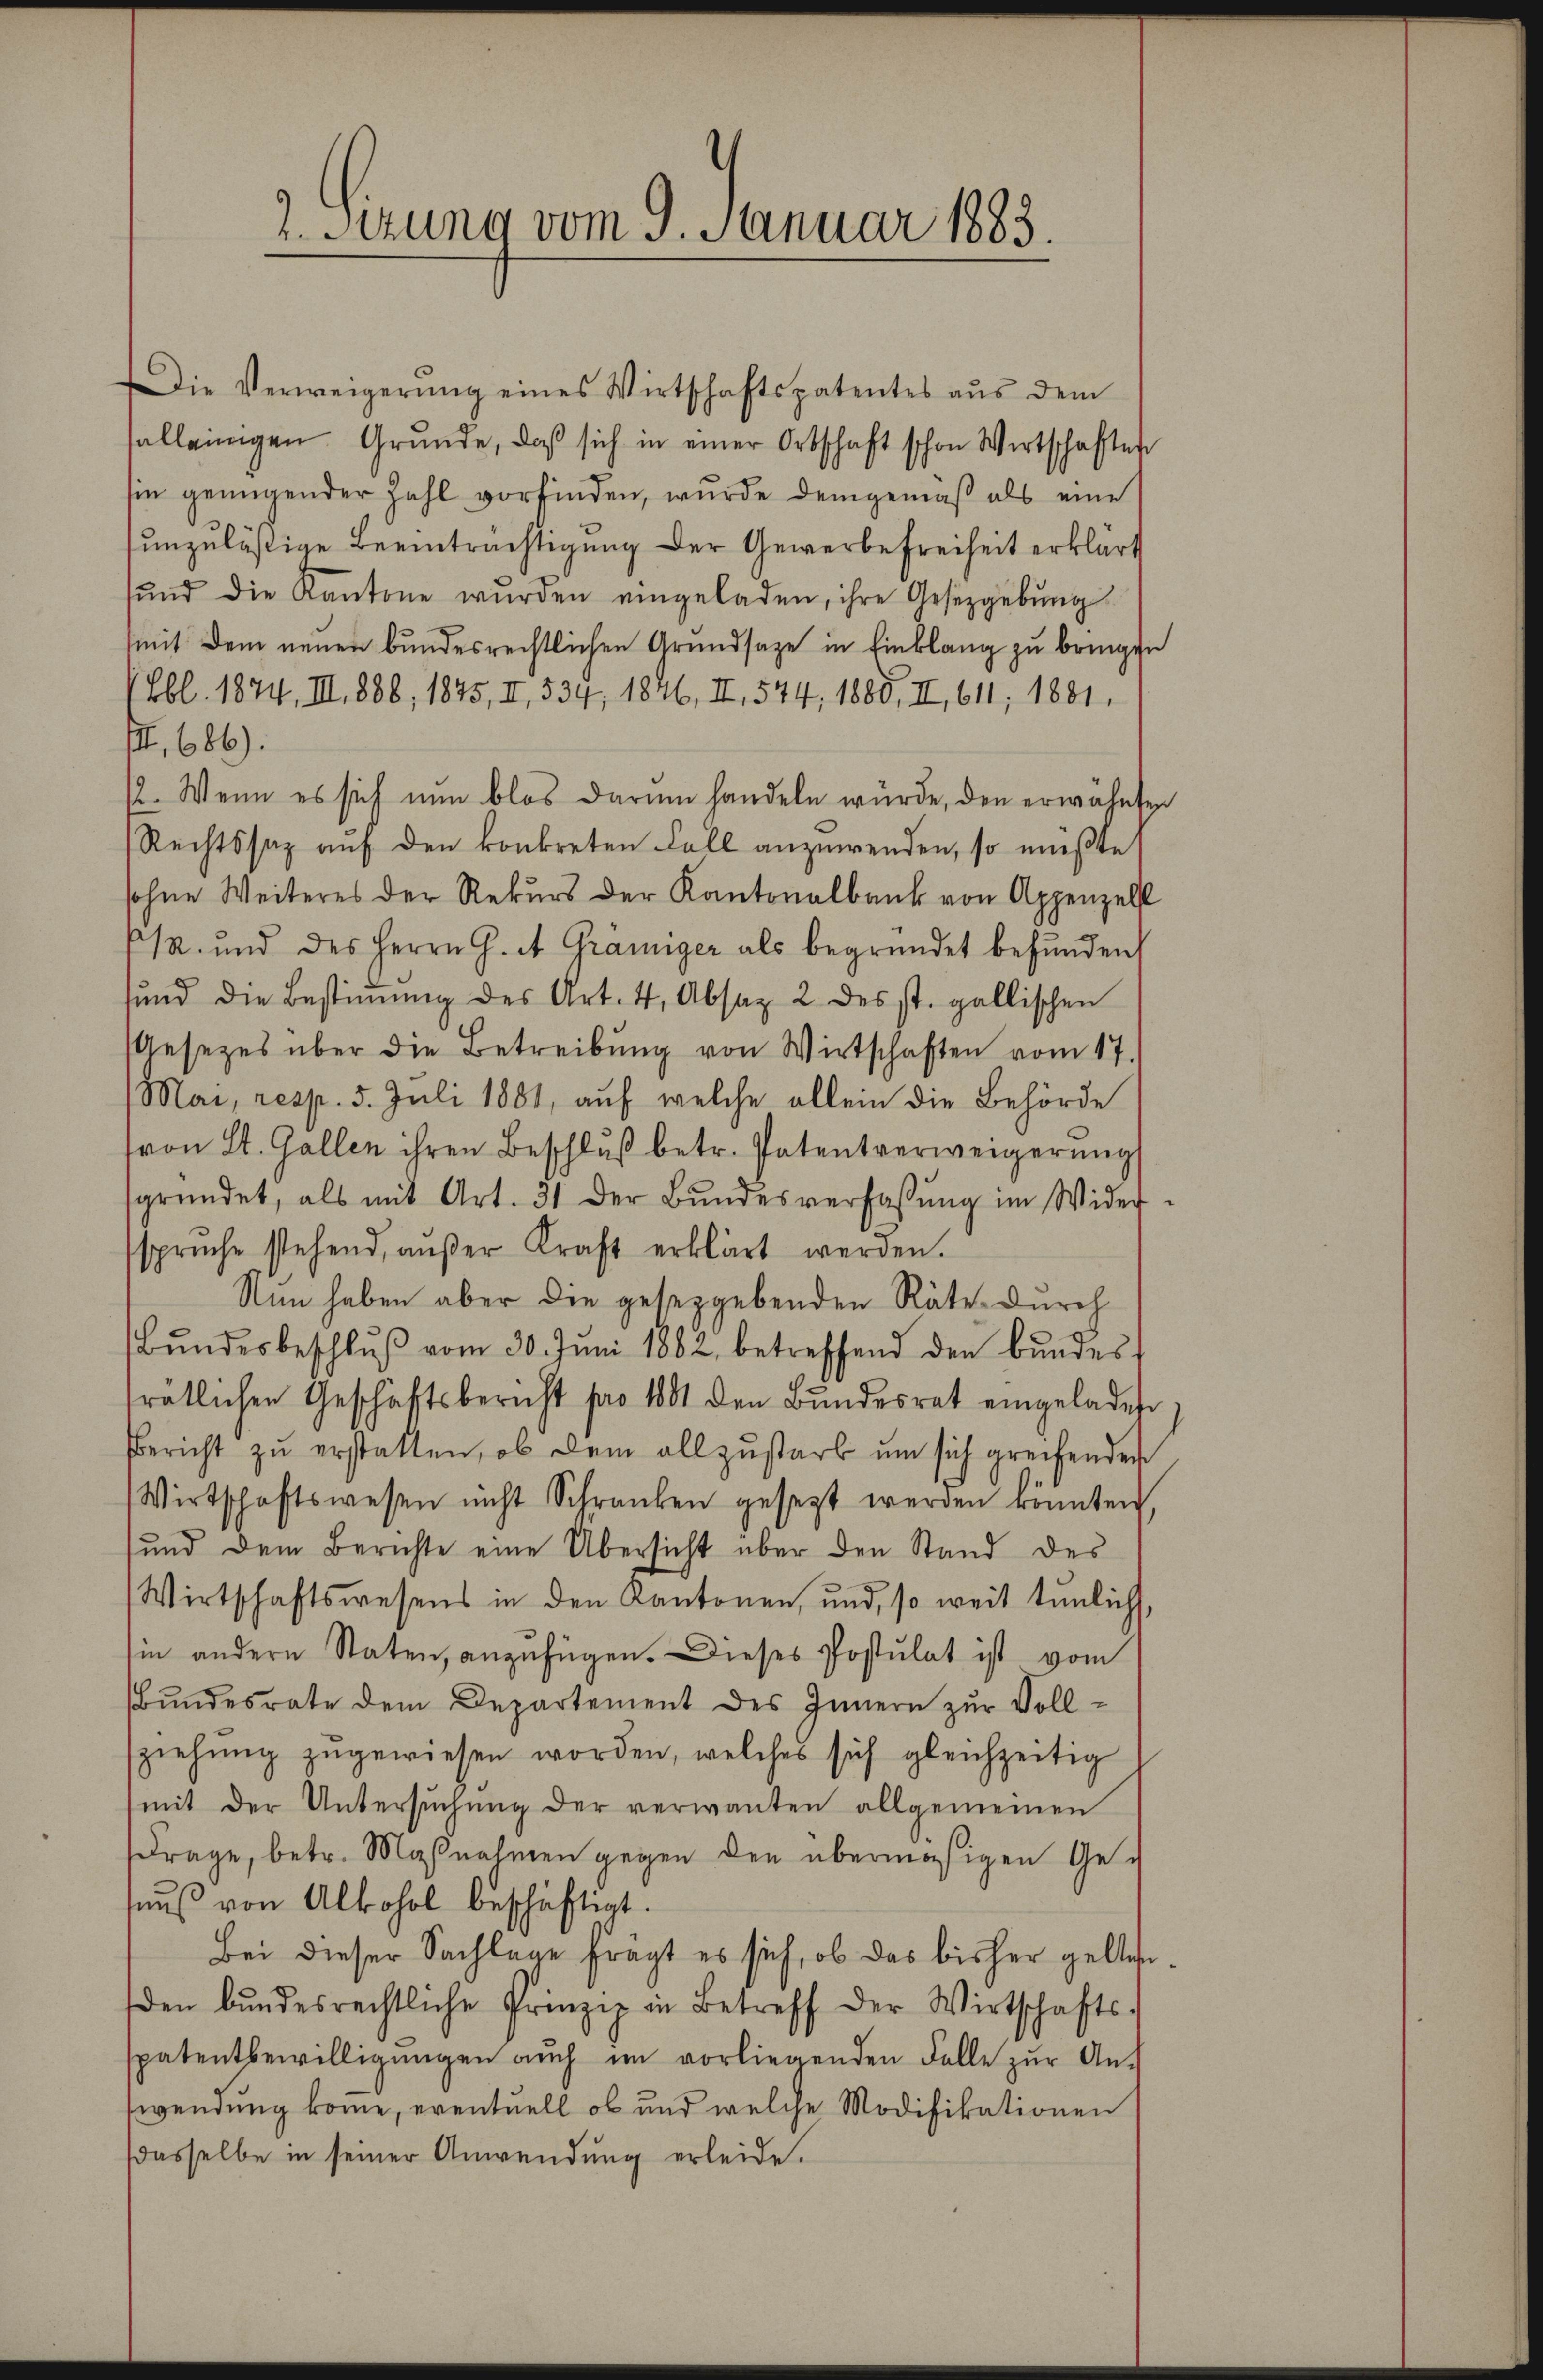
2. Setzung vom 9. Januar 1883.

Die Verweigerŭng eines Wirtschaftspatentes aŭs dem
salleinigen Grŭnde, daβ sich in einer Ortschaft schon Wirtschaften
sie genügender Zahl vorfinden, wurde demgemäß als eine
unzuläßige Beeinträchtigung der Gewerbefreiheit erklärt
ŭnd die Kantone wurden eingeladen, ihre Gesetzgebung
mit dem neuen bundesrechtlichen Grundsaze in Einklang zu bringen
Lbl. 1874, III, 888, 1875, II, 534, 1846, II, 544, 1888, II, 611; 1881.
III. 686).
(. Wenn es sich nun blos darum handeln würde, den erwähnten
Rechtssatz auf den konkreten Fall anzuwenden, so müßte
sohne Weiteres der Rekurs der Kantonalbank von Appenzell
/A. und des Herrn G. A. Graniger als begründet befunden,
und die Bestiṁŭng des Art. 4, Absaz 2 des st. gallischen
Gesezes über die Betreibung von Wirtschaften vom 17.
Mai, resp. 5. Juli 1881, auf welche allein die Behörde
von St. Gallen ihren Beschluß betr. Patentverweigerung
gründet, als mit Art. 31 der Bŭndesverfassŭng im Wider-
sprŭche stehend, aŭβer Kraft erklärt werden.
Nun haben aber die gesetzgebenden Räte durch
Bŭndesbeschlŭβ vom 30. Jŭni 1882, betreffend den Bŭndes
trätlichen Geschäftsbericht pro 1801 den Bŭndesrat eingeladen
Bericht zŭ erstatten, ob dem allzustarb um sich greifenden
Wirtschaftswesen nicht Schranken gesetzt werden könnten,
und dem Berichte eine Übersicht über den Stand des
Wirtschaftswesens in den Kantonen, und, so weit tŭnlich
hin andern Staten, anzufügen. Dieses Postulat ist vom
Bŭndesrate dem Departement des Innern zŭr Voll-
sziehŭng zugewiesen worden, welches sich gleichzeitig
mit der Untersŭchŭng der verwanten allgemeinen
Frage, betr. Maßnahmen gegen den übermäßigen Geaŭβ von Alkohol beschäftigt.
Bei dieser Sachlage fragt es sich, ob das bisher gelten
den bundesrechtliche Prinzip in Betreff der Wirtschafts-
spatentbewilligŭngen aŭch im vorliegenden Falle zŭr An-
wendung komme, eventuell ob und welche Modifikationen
dasselbe in seiner Anwendung erleide.